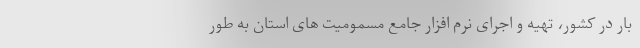
بار در کشور، تهیه و اجرای نرم افزار جامع مسمومیت های استان به طور